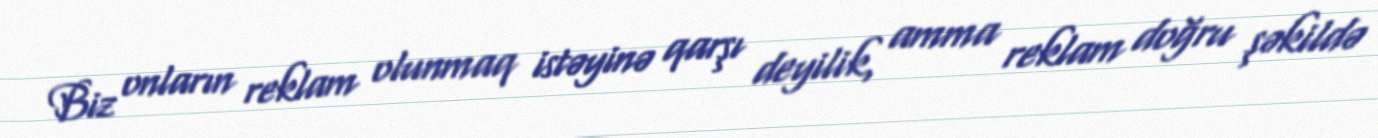
Biz onların reklam olunmaq istəyinə qarşı deyilik, amma reklam doğru şəkildə